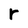
Character: r